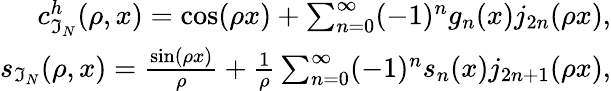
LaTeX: \begin{array}{r}{c_{\mathfrak{I}_{N}}^{h}(\rho,x)=\cos(\rho x)+\sum_{n=0}^{\infty}(-1)^{n}g_{n}(x)j_{2n}(\rho x),}\\ {s_{\mathfrak{I}_{N}}(\rho,x)=\frac{\sin(\rho x)}{\rho}+\frac{1}{\rho}\sum_{n=0}^{\infty}(-1)^{n}s_{n}(x)j_{2n+1}(\rho x),}\end{array}